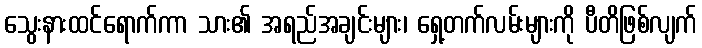
သွေးနားထင်ရောက်ကာ သား၏ အရည်အချင်းများ၊ ရှေ့တက်လမ်းများကို ပီတိဖြစ်လျက်